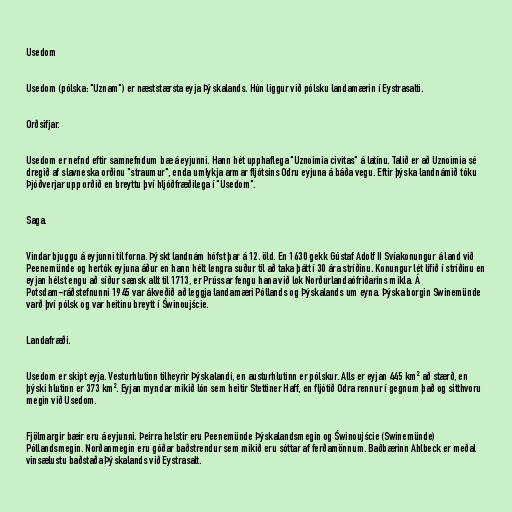
Usedom

Usedom (pólska: "Uznam") er næststærsta eyja Þýskalands. Hún liggur við pólsku landamærin í Eystrasalti.

Orðsifjar.

Usedom er nefnd eftir samnefndum bæ á eyjunni. Hann hét upphaflega "Uznoimia civitas" á latínu. Talið er að Uznoimia sé
dregið af slavneska orðinu "straumur", enda umlykja armar fljótsins Odru eyjuna á báða vegu. Eftir þýska landnámið tóku
Þjóðverjar upp orðið en breyttu því hljóðfræðilega í "Usedom".

Saga.

Vindar bjuggu á eyjunni til forna. Þýskt landnám hófst þar á 12. öld. En 1630 gekk Gústaf Adolf II Svíakonungur á land við
Peenemünde og hertók eyjuna áður en hann hélt lengra suður til að taka þátt í 30 ára stríðinu. Konungur lét lífið í stríðinu en
eyjan hélst engu að síður sænsk allt til 1713, er Prússar fengu hana við lok Norðurlandaófriðarins mikla. Á
Potsdam-ráðstefnunni 1945 var ákveðið að leggja landamæri Póllands og Þýskalands um eyna. Þýska borgin Swinemünde
varð því pólsk og var heitinu breytt í Świnoujście.

Landafræði.

Usedom er skipt eyja. Vesturhlutinn tilheyrir Þýskalandi, en austurhlutinn er pólskur. Alls er eyjan 445 km² að stærð, en
þýski hlutinn er 373 km². Eyjan myndar mikið lón sem heitir Stettiner Haff, en fljótið Odra rennur í gegnum það og sitthvoru
megin við Usedom.

Fjölmargir bæir eru á eyjunni. Þeirra helstir eru Peenemünde Þýskalandsmegin og Świnoujście (Swinemünde)
Póllandsmegin. Norðanmegin eru góðar baðstrendur sem mikið eru sóttar af ferðamönnum. Baðbærinn Ahlbeck er meðal
vinsælustu baðstaða Þýskalands við Eystrasalt.